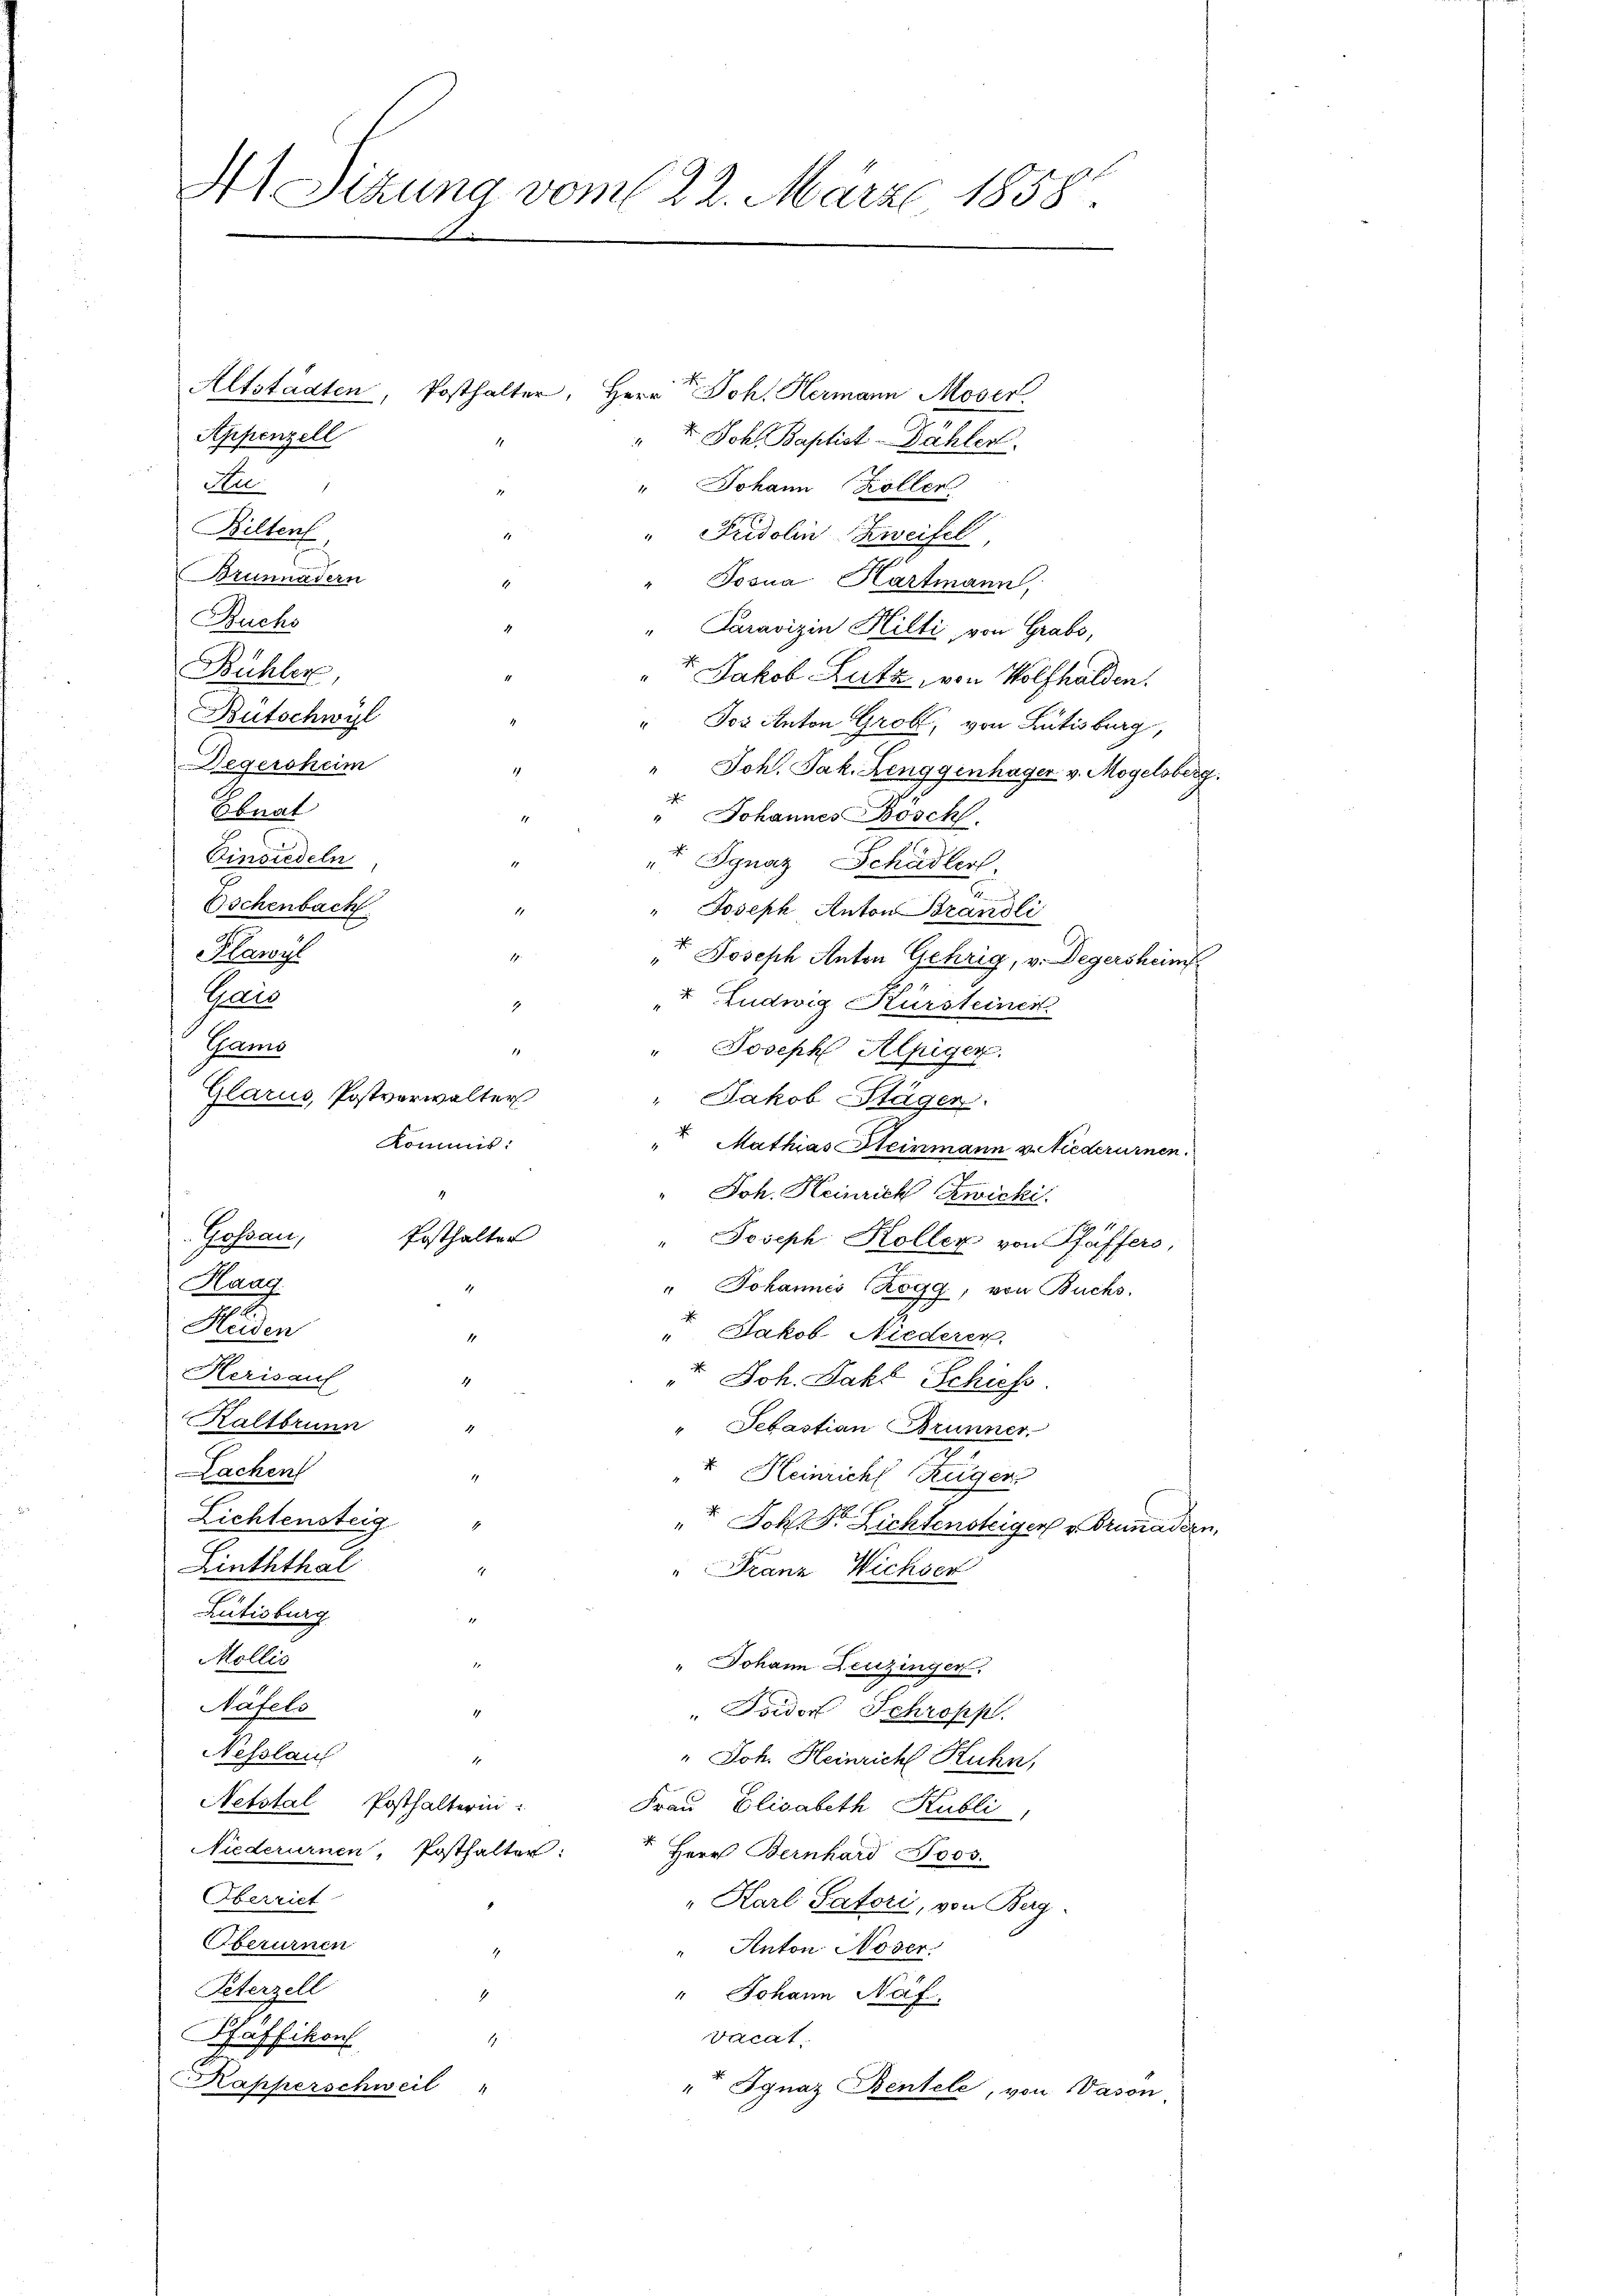
41. Sitzung vom 22. März 1858.

Appenzell
t. Joh. Baptist-Dähler.
Stee
" Johann Kollen
Bilten
" Fridolin Zweifel,
Brunnadern
Josua, Hartmann,
Buchs
" Paravizin Hilti, von Grabs,
Bühler
" Jakob Lutz, von Wolfhalden.
Butschwyl
" Jos Anton Grob, von Lutisburg,
Degersheim
Joh. Jak. Henggenhäger v. Mogelsberg.
Ebnat
t Johannes Böscht.
Einsiedeln
+ Jgnaz Schädler
Eschenbach
" Joseph Anton Brändli
r Joseph Anton Gehrig, v. Degersheim
& Ludwig Kürsteiner
.
" Joseph Alpiger.
1
" Jakob Stägen.
Kommis.
 Mathias Steinmann v. Niederurnen.
Joh. Heinrich Zwicki.
Posthalter
Kossau,
Joseph Koller von Pfäffers,
Haag.
" Johannes Rogg, von Buchs.
.
Heiden
" Jakob Niederen.
1
Herisauf
. Joh. Jako Schiess.
Kaltbrunn
" Sebastian Brunner
Lachen
v. Heinricht Zügen
Lichtensteig
t Joh. Dr. Lichtensteiger v. Brunaden,
Linththal
" Franz Wichsen
Rütisburg
Mollis
" Johann Leuzinger.
Näfels
i
Tsidor Schröpp.
Nesslauf
1
" Joh. Heinricht Kuhn,
Netstal Posthalterin:
Frau Elisabeth Kubli,
Niederurnen, Posthalter:
Herr Bernhard Jos.
Oberriet
" Karl Patori, von Berg
Berurnen
" Anton Noser.
Peterzell
1.
" Johann Näf,
vocat
Pfäffikon
A
Kapperschweil
 Ignaz Rentele, von Vason

Hawis
Gais
Glarus, Postverwalter

Gams

Altstädten, Posthalter, Herr V. Joh. Hermann Moser